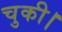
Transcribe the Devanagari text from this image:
चुकी।